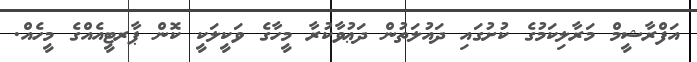
އަފްރާޝީމް މަރާލިކަމުގެ ކުށުގައި ދައުލަތުން ދަޢުވާކުރާ މީހާގެ ވަކީލަކީ ކޮން ޕާރޓީއެއްގެ މީހެއް.